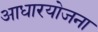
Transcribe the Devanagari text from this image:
आधारयोजना